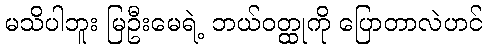
မသိပါဘူး မြဦးမေရဲ့ ဘယ်ဝတ္ထုကို ပြောတာလဲဟင်